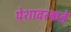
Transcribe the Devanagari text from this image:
पेशावरकडे